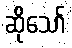
ဆိုသော်